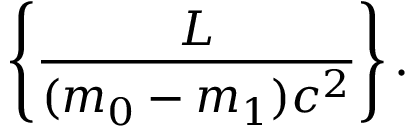
\left\{ \frac { L } { ( m _ { 0 } - m _ { 1 } ) c ^ { 2 } } \right\} .